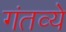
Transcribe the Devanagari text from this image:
गंतव्ये